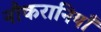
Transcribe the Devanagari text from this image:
नौकरानियाँ